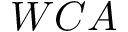
W C A